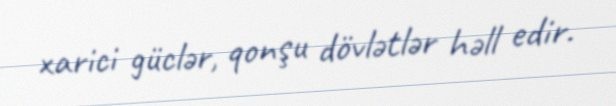
xarici güclər, qonşu dövlətlər həll edir.